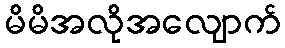
မိမိအလိုအလျောက်